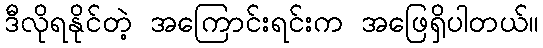
ဒီလိုရနိုင်တဲ့ အကြောင်းရင်းက အဖြေရှိပါတယ်။